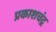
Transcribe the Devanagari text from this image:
प्रकाशचंद्र